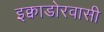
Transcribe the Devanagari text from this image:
इक्वाडोरवासी